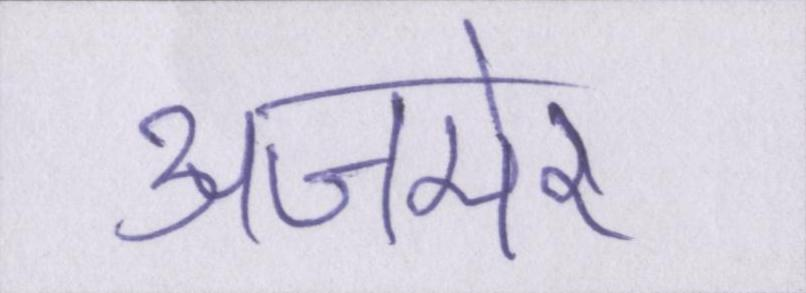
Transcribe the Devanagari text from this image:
अजमेर